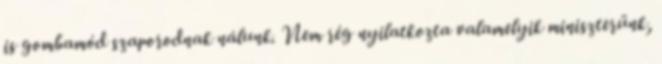
is gombamód szaporodnak nálunk. Nem rég nyilatkozta valamelyik miniszterünk,